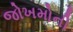
જોખમોની